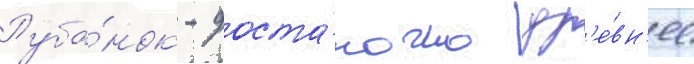
Руба́нок - доста́точно др'е́вн'ее